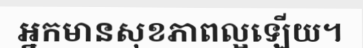
អ្នកមានសុខភាពល្អឡើយ។